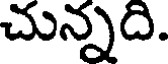
చున్నది.